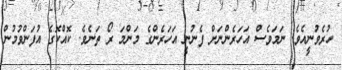
ހުރެވުނީއެވެ. ނަމަވެސް އަހަރެންނަށް ފެނުނީ އަހަރެންގެ މަންމަ ރޯ ތަނެވެ. ކޮއްކޮގެ އުފަންވުމުން